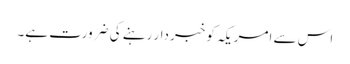
اس سے امریکہ کو خبردار رہنے کی ضرورت ہے۔